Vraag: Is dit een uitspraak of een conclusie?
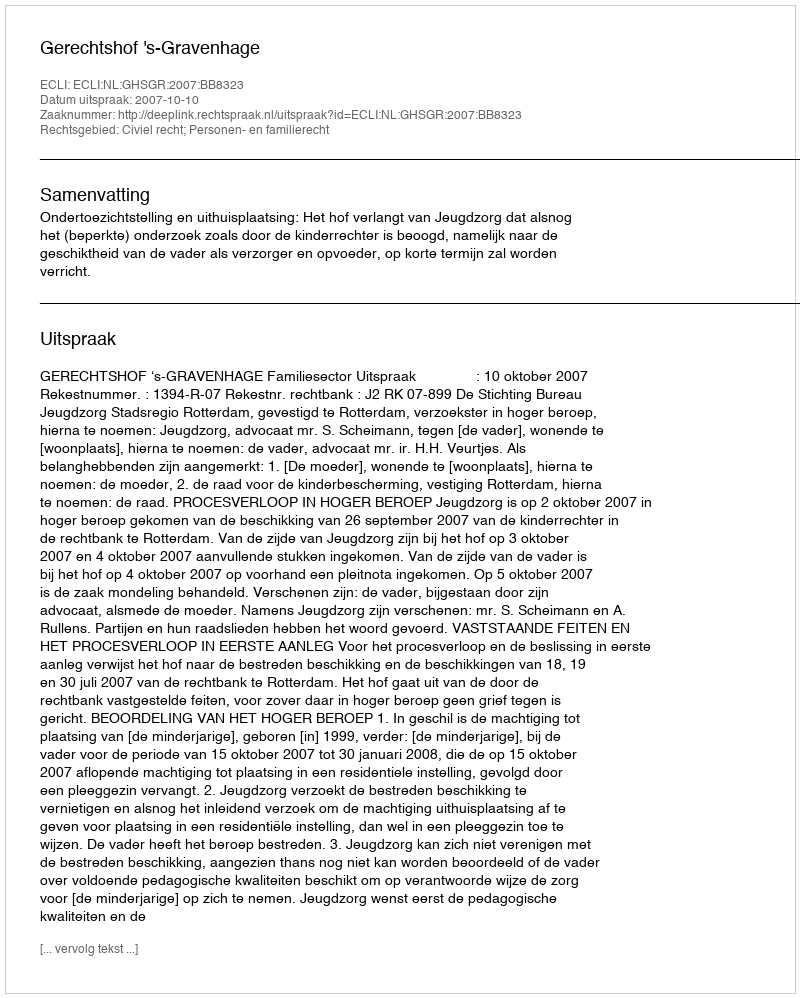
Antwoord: Uitspraak